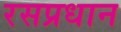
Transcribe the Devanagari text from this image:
रसप्रधान